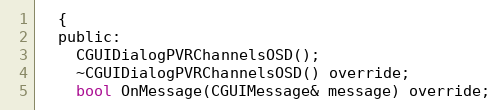
Language: C
  {
  public:
    CGUIDialogPVRChannelsOSD();
    ~CGUIDialogPVRChannelsOSD() override;
    bool OnMessage(CGUIMessage& message) override;